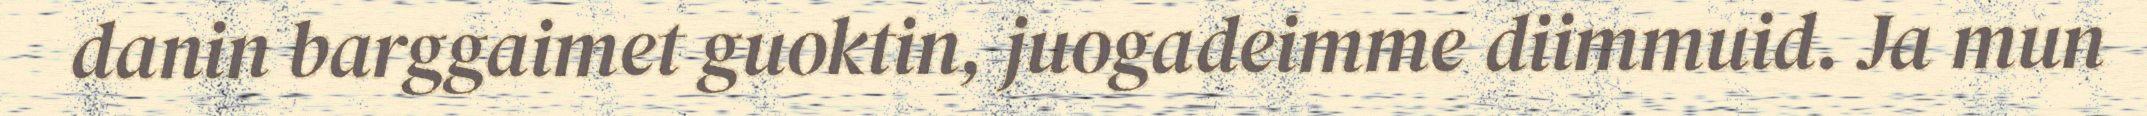
danin barggaimet guoktin, juogadeimme diimmuid. Ja mun